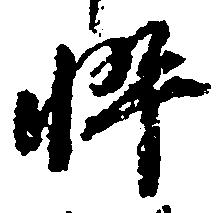
忰